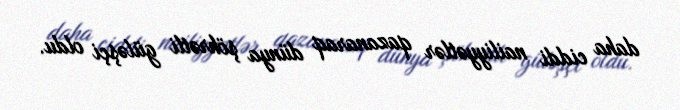
daha ciddi nailiyyətlər qazanaraq dünya şöhrətli güləşçi oldu.